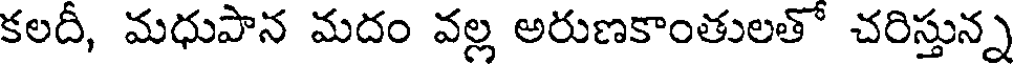
కలదీ, మధుపాన మదం వల్ల అరుణకాంతులతో చరిస్తున్న